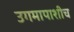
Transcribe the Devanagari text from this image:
उगमापाशीच